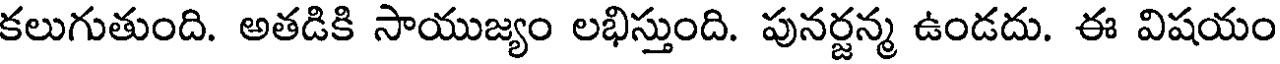
కలుగుతుంది. అతడికి సాయుజ్యం లభిస్తుంది. పునర్జన్మ ఉండదు. ఈ విషయం